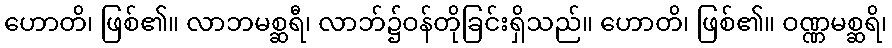
ဟောတိ၊ ဖြစ်၏။ လာဘမစ္ဆရီ၊ လာဘ်၌ဝန်တိုခြင်းရှိသည်။ ဟောတိ၊ ဖြစ်၏။ ဝဏ္ဏမစ္ဆရိ၊